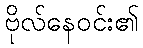
ဗိုလ်နေဝင်း၏